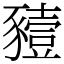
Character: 豷